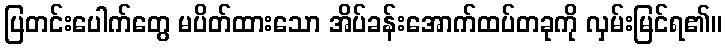
ပြတင်းပေါက်တွေ မပိတ်ထားသော အိပ်ခန်းအောက်ထပ်တခုကို လှမ်းမြင်ရ၏။